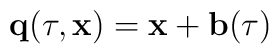
{\bf q}(\tau,{\bf x})={\bf x}+ {\bf b}(\tau)